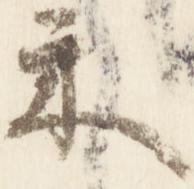
示